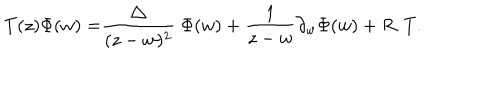
T ( z ) \Phi ( w ) = \frac { \bigtriangleup } { ( z - w ) ^ { 2 } } \Phi ( w ) + \frac { 1 } { z - w } \partial _ { w } { \Phi ( w ) } + R . T .